Lunatic asylums Punjab 1895-1910 - 1895-1910
Year: 1895
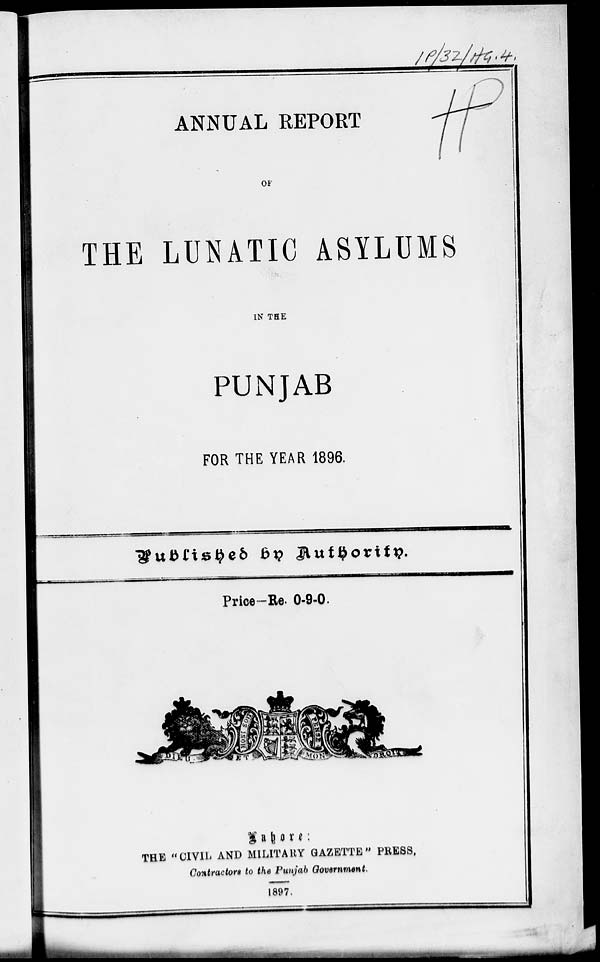
ANNUAL REPORT
OF
THE LUNATIC ASYLUMS
IN THE
PUNJAB
FOR THE YEAR 1896.
Published by Authority.
Price-Re. 0-9-0.
Lahore :
THE "CIVIL AND MILITARY GAZETTE" PRESS,
Contractors to the Punjab Government.
1897.